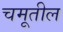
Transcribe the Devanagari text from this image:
चमूतील